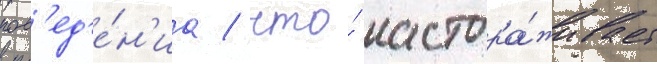
пов'ед'е́н'иа / что́ настора́живает